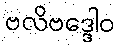
ဗလိဗဒ္ဒေါဝ